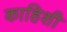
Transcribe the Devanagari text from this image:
काहिशी